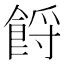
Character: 𩛝